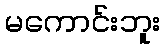
မကောင်းဘူး